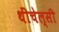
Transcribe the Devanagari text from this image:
थींचेल्सी